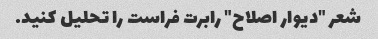
شعر "دیوار اصلاح" رابرت فراست را تحلیل کنید.